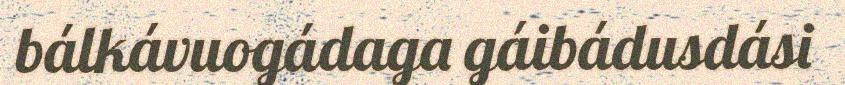
bálkávuogádaga gáibádusdási